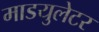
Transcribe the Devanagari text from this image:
माडयुलेटर